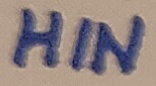
Text: HIN